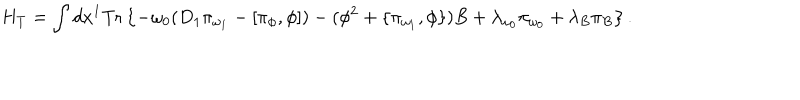
H _ { T } = \int d x ^ { 1 } \mathrm { T r } \left\{ - \omega _ { 0 } ( D _ { 1 } \pi _ { \omega _ { 1 } } - [ \pi _ { \phi } , \phi ] ) - ( \phi ^ { 2 } + \{ \pi _ { \omega _ { 1 } } , \phi \} ) B + \lambda _ { \omega _ { 0 } } \pi _ { \omega _ { 0 } } + \lambda _ { B } \pi _ { B } \right\} .